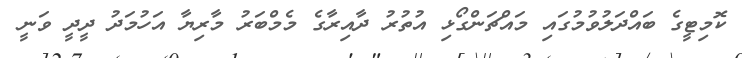
ކޮމިޓީގެ ބައްދަލުވުމުގައި މައްޗަންގޯޅި އުތުރު ދާއިރާގެ މެމްބަރު މާރިޔާ އަހުމަދު ދީދީ ވަނީ